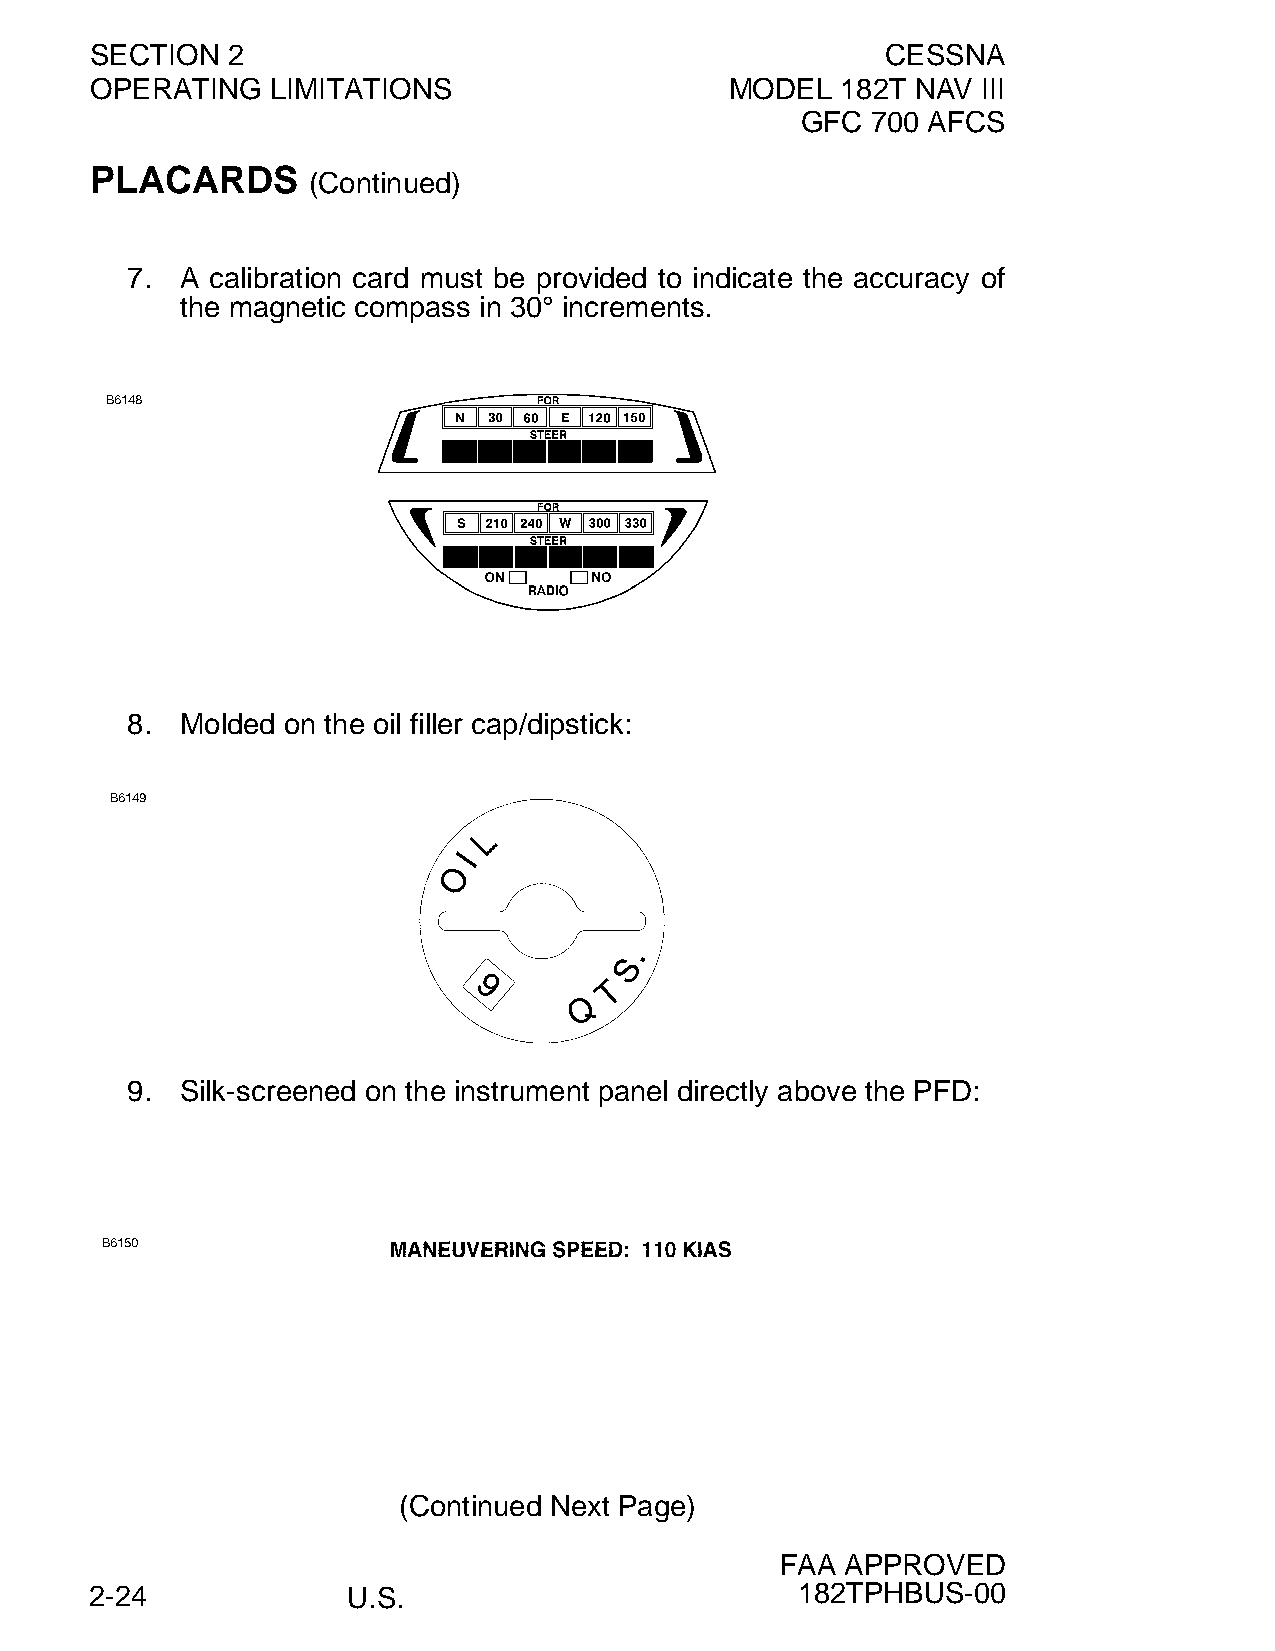
SECTION  2                                           CESSNA
 OPERATING   LIMITATIONS                   MODEL   182T NAV III
 GFC  700 AFCS
 PLACARDS
 (Continued)
 7.  A calibration card must be provided to indicate the accuracy of
 the magnetic compass in 30° increments.
 8.  Molded on the oil filler cap/dipstick:
 9.  Silk-screened on the instrument panel directly above the PFD:
 (Continued Next Page)
 FAA APPROVED
 2-24             U.S.                          182TPHBUS-00